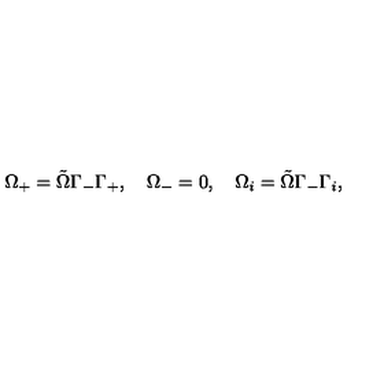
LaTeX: \Omega _ { + } = \tilde { \Omega } \Gamma _ { - } \Gamma _ { + } , \quad \Omega _ { - } = 0 , \quad \Omega _ { i } = \tilde { \Omega } \Gamma _ { - } \Gamma _ { i } ,